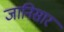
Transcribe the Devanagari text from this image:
जानिसार